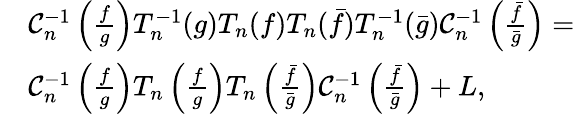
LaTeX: \begin{array}{rl}&{\mathcal{C}_{n}^{-1}\left(\frac{f}{g}\right)T_{n}^{-1}(g)T_{n}(f)T_{n}(\bar{f})T_{n}^{-1}(\bar{g})\mathcal{C}_{n}^{-1}\left(\frac{\bar{f}}{\bar{g}}\right)=}\\ &{\mathcal{C}_{n}^{-1}\left(\frac{f}{g}\right)T_{n}\left(\frac{f}{g}\right)T_{n}\left(\frac{\bar{f}}{\bar{g}}\right)\mathcal{C}_{n}^{-1}\left(\frac{\bar{f}}{\bar{g}}\right)+L,}\end{array}